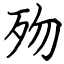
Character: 歾